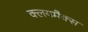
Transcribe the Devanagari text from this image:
क्लयमैक्स